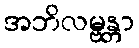
အဘိလမ္ဗန္တာ